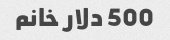
500 دلار خانم